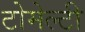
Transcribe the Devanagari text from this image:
टोमेल्टी